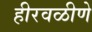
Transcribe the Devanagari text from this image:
हीरवळीणे